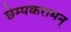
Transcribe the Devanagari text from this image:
छेम्पकरामन्